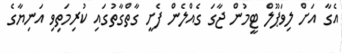
އެގާ އަށް ލިވަޕޫލް ޓީމުން ޖާގަ ގެއްލެން ފެށީ ގާތްގާތުގައި ކުރިމަތިވި އަނިޔާގެ